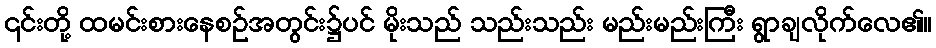
၎င်းတို့ ထမင်းစားနေစဉ်အတွင်း၌ပင် မိုးသည် သည်းသည်း မည်းမည်းကြီး ရွာချလိုက်လေ၏။